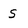
Character: s